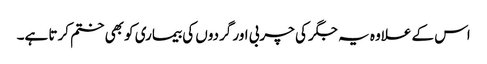
اس کے علاوہ یہ جگر کی چربی اور گردوں کی بیماری کو بھی ختم کرتا ہے۔